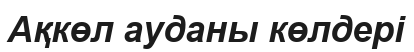
Ақкөл ауданы көлдері